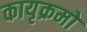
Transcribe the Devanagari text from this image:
कायृक्रमों